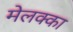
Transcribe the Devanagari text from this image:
मेलक्का